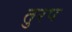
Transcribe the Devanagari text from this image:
तुरप